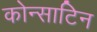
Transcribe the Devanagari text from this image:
कोन्साटिन